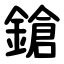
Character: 鎗